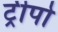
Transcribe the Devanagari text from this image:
ट्रीपो